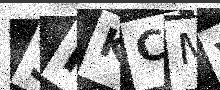
Text: SPKCMV